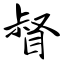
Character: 督